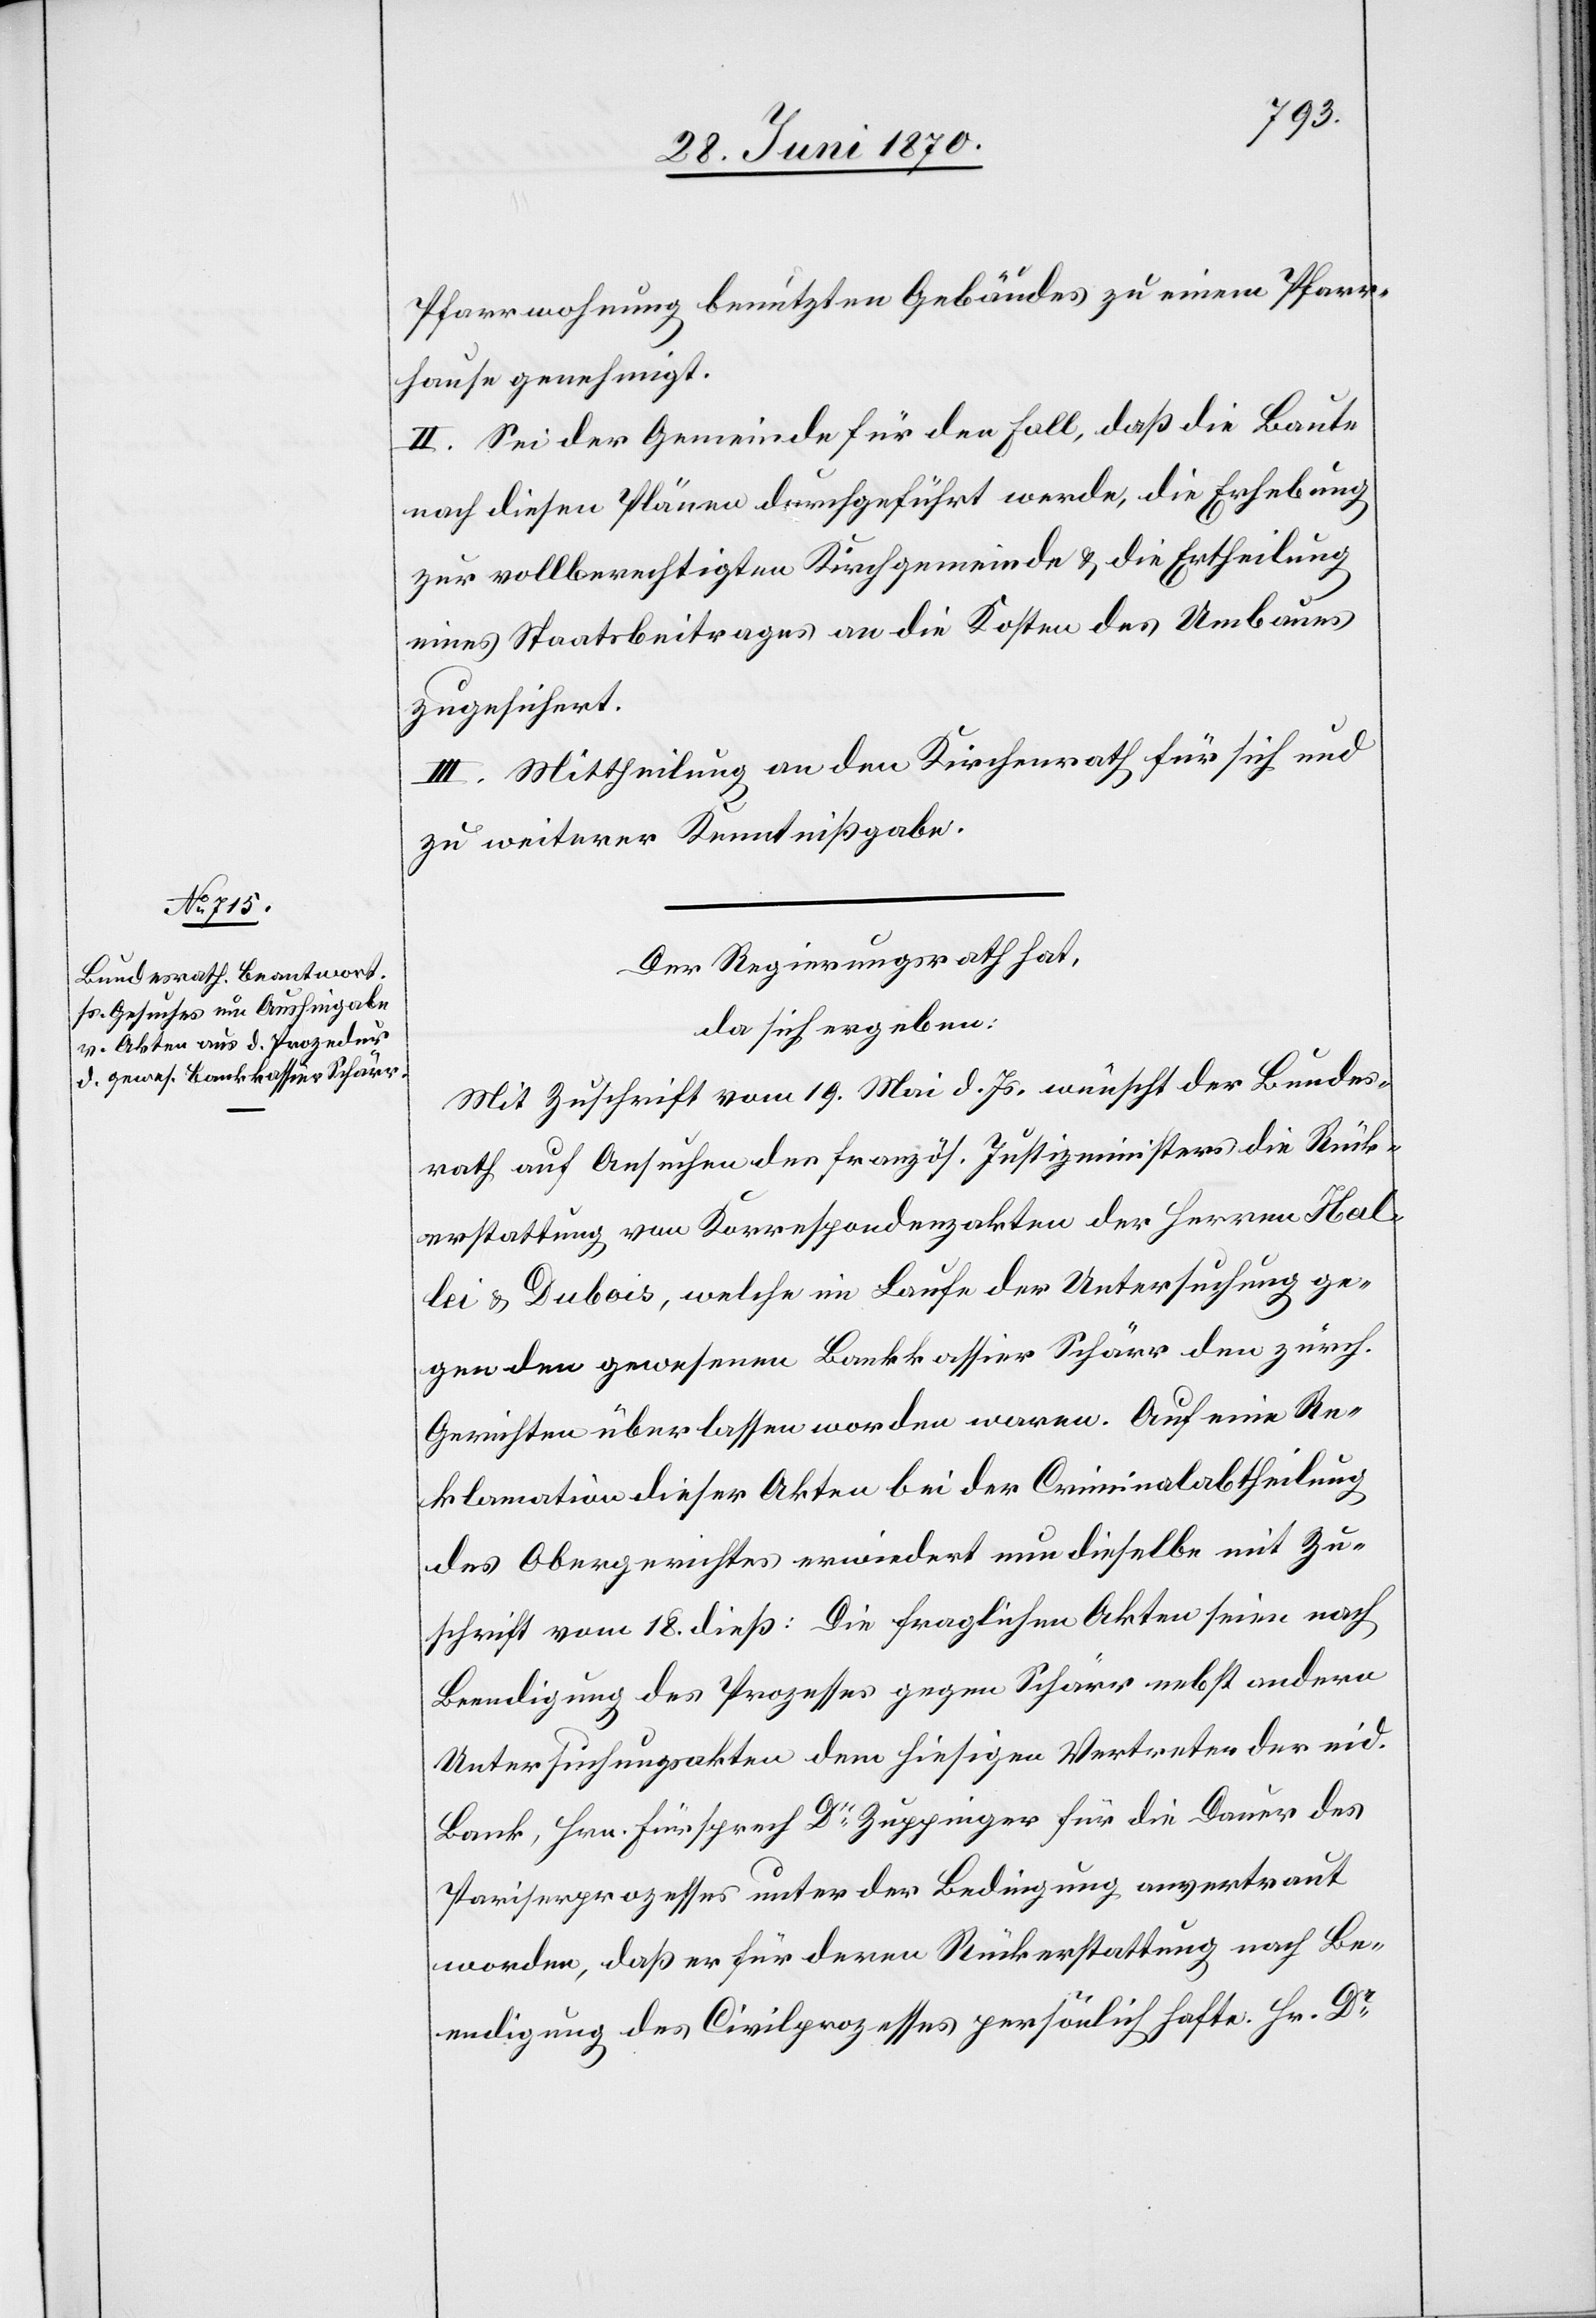
Pfarrwohnung benutzten Gebäudes zu einem Pfarr¬
hause genehmigt.
II. Sei der Gemeinde für den Fall, daß die Baute
nach diesen Plänen durchgeführt werde, die Erhebung
zur vollberechtigten Kirchgemeinde & die Ertheilung
eines Staatsbeitrages an die Kosten des Umbaues
zugesichert.
III. Mittheilung an den Kirchenrath für sich und
zu weiterer Kenntnißgabe.
Der Regierungsrath hat,
da sich ergeben:
Mit Zuschrift vom 19. Mai d. Js. wünscht der Bundes¬
rath auf Ansuchen der französ. Justizministers die Rück¬
erstattung von Korrespondenzakten der Herren Hal¬
lei & Dubois, welche im Laufe der Untersuchung ge¬
gen den gewesenen Bankkassier Schärr den zürch.
Gerichten überlassen worden waren. Auf eine Re¬
klamation dieser Akten bei der Criminalabtheilung
des Obergerichtes erwiedert nun dieselbe mit Zu¬
schrift vom 18. dieß: Die fraglichen Akten seien nach
Beendigung des Prozesses gegen Schärr nebst andern
Untersuchungsakten dem hiesigen Vertreter der eid.
Bank, Hrn. Fürsprech Dr Zuppinger für die Dauer des
Pariserprozesses unter der Bedingung anvertraut
worden, daß er für deren Rückerstattung nach Be¬
endigung des Civilprozesses persönlich hafte. Hr. Dr